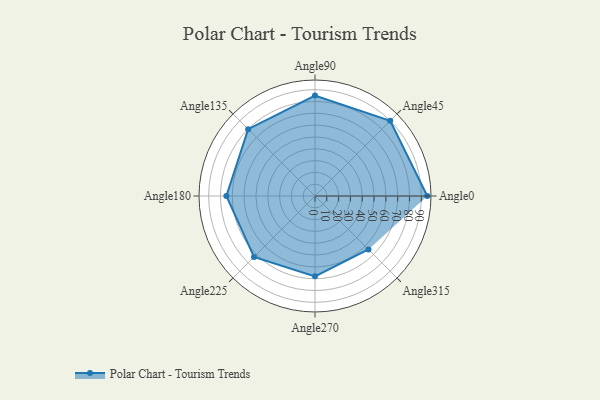
{"axis": {"x": "Angle", "y": "Radius"}, "legend": [""], "data": [{"x": "Angle0", "y": 95.0, "type": ""}, {"x": "Angle45", "y": 90.0, "type": ""}, {"x": "Angle90", "y": 85.0, "type": ""}, {"x": "Angle135", "y": 80.0, "type": ""}, {"x": "Angle180", "y": 75.0, "type": ""}, {"x": "Angle225", "y": 73.0, "type": ""}, {"x": "Angle270", "y": 68.0, "type": ""}, {"x": "Angle315", "y": 64.0, "type": ""}]}